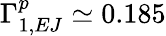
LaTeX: \Gamma_{1,EJ}^{p}\simeq 0.185